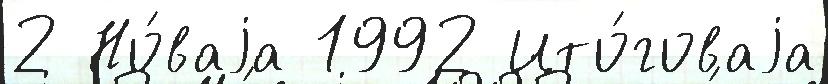
2 Но́ваjа 1992 Ито́говаjа